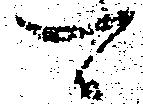
可